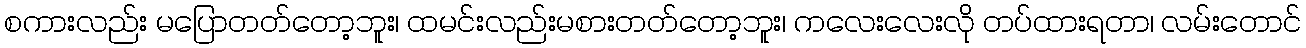
စကားလည်း မပြောတတ်တော့ဘူး၊ ထမင်းလည်းမစားတတ်တော့ဘူး၊ ကလေးလေးလို တပ်ထားရတာ၊ လမ်းတောင်